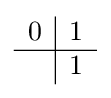
{\begin{array}{c|cc}0&1\\\hline &1\\\end{array}}